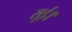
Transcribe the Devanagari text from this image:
सुई।